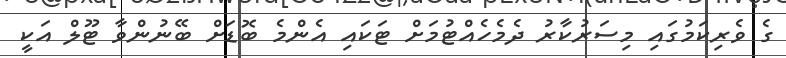
ގެ ވެރިކަމުގައި މިސަރުކާރު ދެމެހެއްޓުމަށް ޓަކައި އެންމެ ބޮޑަށް ބޭނުންވާ ޓޫލް އަކީ